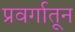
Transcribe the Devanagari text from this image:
प्रवर्गातून